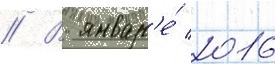
// В январ'е́ 2016